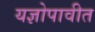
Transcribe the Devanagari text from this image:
यज्ञोपावीत